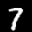
Label: 7